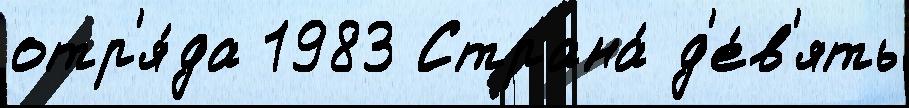
отр'я́да 1983 Страна́ д'е́в'ять